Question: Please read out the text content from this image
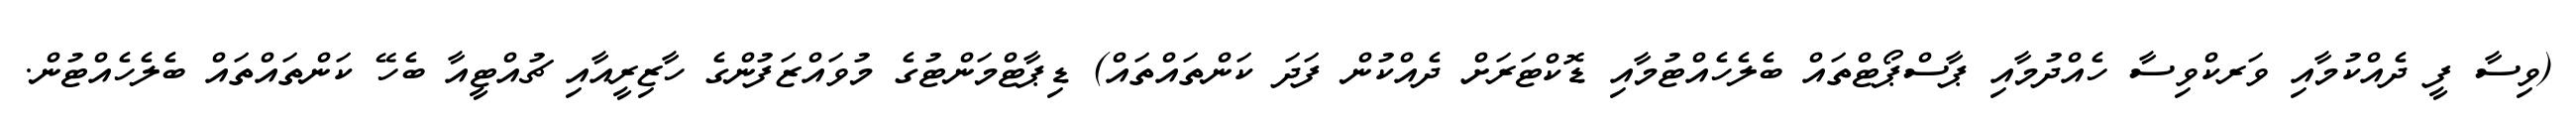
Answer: (ވިސާ ފީ ދެއްކުމާއި ވަރކްވިސާ ހެއްދުމާއި ޕާސްޕޯޓްތައް ބެލެހެއްޓުމާއި ޑޮކްޓަރަށް ދެއްކުން ފަދަ ކަންތައްތައް) ޑިޕާޓްމަންޓުގެ މުވައްޒަފުންގެ ހާޒިރީއާއި ޗުއްޓީއާ ބެހޭ ކަންތައްތައް ބެލެހެއްޓުން.